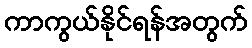
ကာကွယ်နိုင်ရန်အတွက်